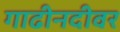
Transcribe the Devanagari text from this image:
गाढीनदीवर